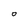
Character: 0